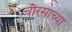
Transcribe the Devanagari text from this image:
चौरसाच्या